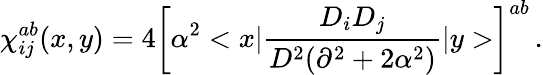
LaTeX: \chi_{ij}^{ab}(x,y)=4\left[\alpha^{2}<x|\frac{D_{i}D_{j}}{D^{2}(\partial^{2}+2\alpha^{2})}|y>\right]^{ab}\, .